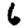
Digit: 6